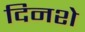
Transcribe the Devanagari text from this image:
दिनशे